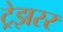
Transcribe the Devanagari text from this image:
ट्रेझरर